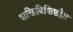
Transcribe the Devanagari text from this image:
शक्तिविशिष्टद्वैत